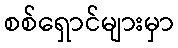
စစ်ရှောင်များမှာ